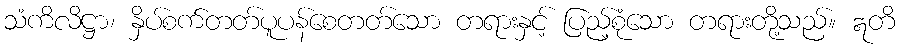
သံကိလိဋ္ဌာ၊ နှိပ်စက်တတ်ပူပန်စေတတ်သော တရားနှင့် ပြည့်စုံသော တရားတို့သည်။ ဣတိ